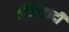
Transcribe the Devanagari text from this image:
इज्तिहादी